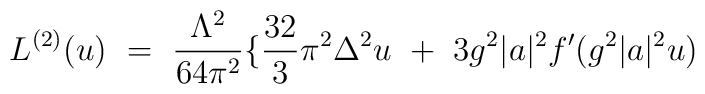
L^{(2)}(u) \ = \ \frac{ \Lambda^2}{64 \pi^2} \{\frac{32}{3} \pi^2 \Delta^2 u \ + \ 3 g^2|a|^2 f' ( g^2|a|^2 u)